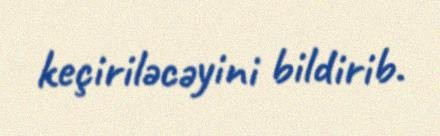
keçiriləcəyini bildirib.